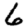
Digit: 6